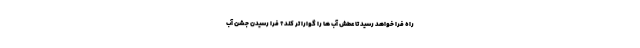
راه فرا خواهد رسید تا عطش آب ها را گوارا تر کند؟ فرا رسیدن جشن آب